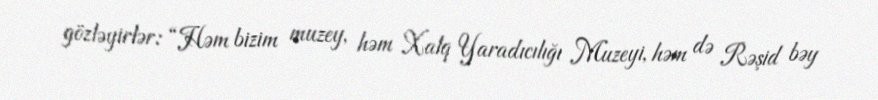
gözləyirlər: “Həm bizim muzey, həm Xalq Yaradıcılığı Muzeyi, həm də Rəşid bəy